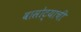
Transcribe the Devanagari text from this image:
वासोट्याची